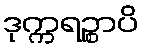
ဒုက္ကရဉ္စာပိ